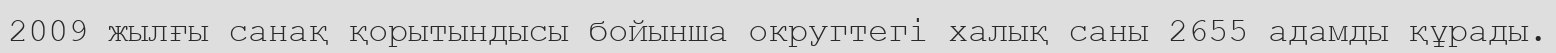
2009 жылғы санақ қорытындысы бойынша округтегі халық саны 2655 адамды құрады.